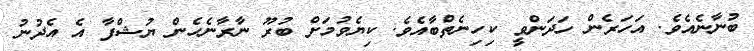
ބުނާނެއެވެ. އަހަރެން ހަދަންވީ ކިހިނެތްބާއެވެ. ކިޔެވުމަށް ބުރޫ ނާރާނެހެން ޔުޝްފާ އެ އެދުނު